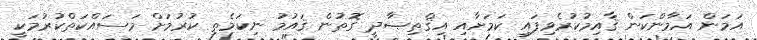
އަމަން އަމާންކަން ޤާއިމުކުރެވިފައި ކަމަށާއި އިޤްތިޞާދީ ގޮތުން ޤައުމު ނިކަމެތި ކުރުމަށް މަސައްކަތްކުރުމަކީ